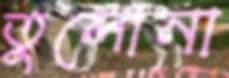
তুলোনা